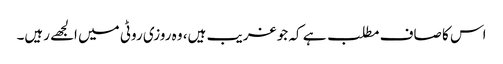
اس کا صاف مطلب ہے کہ جو غریب ہیں، وہ روزی روٹی میں الجھے رہیں۔